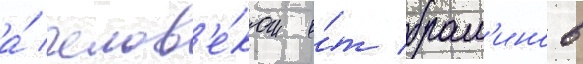
а́ челов'е́ком о́т брам'инов